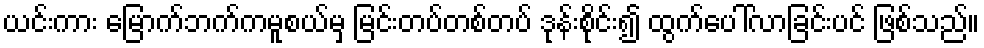
ယင်းကား မြောက်ဘက်ကမူစယ်မှ မြင်းတပ်တစ်တပ် ဒုန်းစိုင်း၍ ထွက်ပေါ်လာခြင်းပင် ဖြစ်သည်။